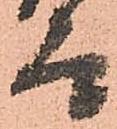
太